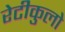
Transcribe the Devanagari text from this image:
रेटीकुलो